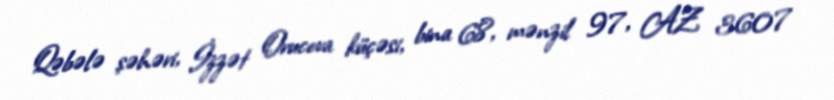
Qəbələ şəhəri, İzzət Orucova küçəsi, bina 68, mənzil 97, AZ 3607